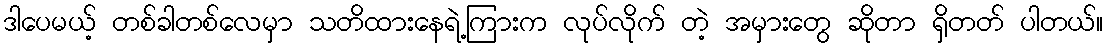
ဒါပေမယ့် တစ်ခါတစ်လေမှာ သတိထားနေရဲ့ကြားက လုပ်လိုက် တဲ့ အမှားတွေ ဆိုတာ ရှိတတ် ပါတယ်။